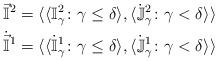
LaTeX: \begin{align*}\vec{\mathbb{I}}^2 &= \langle \langle \mathbb{I}^2_{\gamma} \colon \gamma \leq \delta \rangle, \langle \dot{\mathbb{J}}^{2}_{\gamma} \colon \gamma < \delta \rangle \rangle \\\dot{\vec{\mathbb{I}}}^1 &= \langle \langle \dot{\mathbb{I}}^1_{\gamma} \colon \gamma \leq \delta \rangle, \langle \dot{\mathbb{J}}^{1}_{\gamma} \colon \gamma < \delta \rangle \rangle \end{align*}